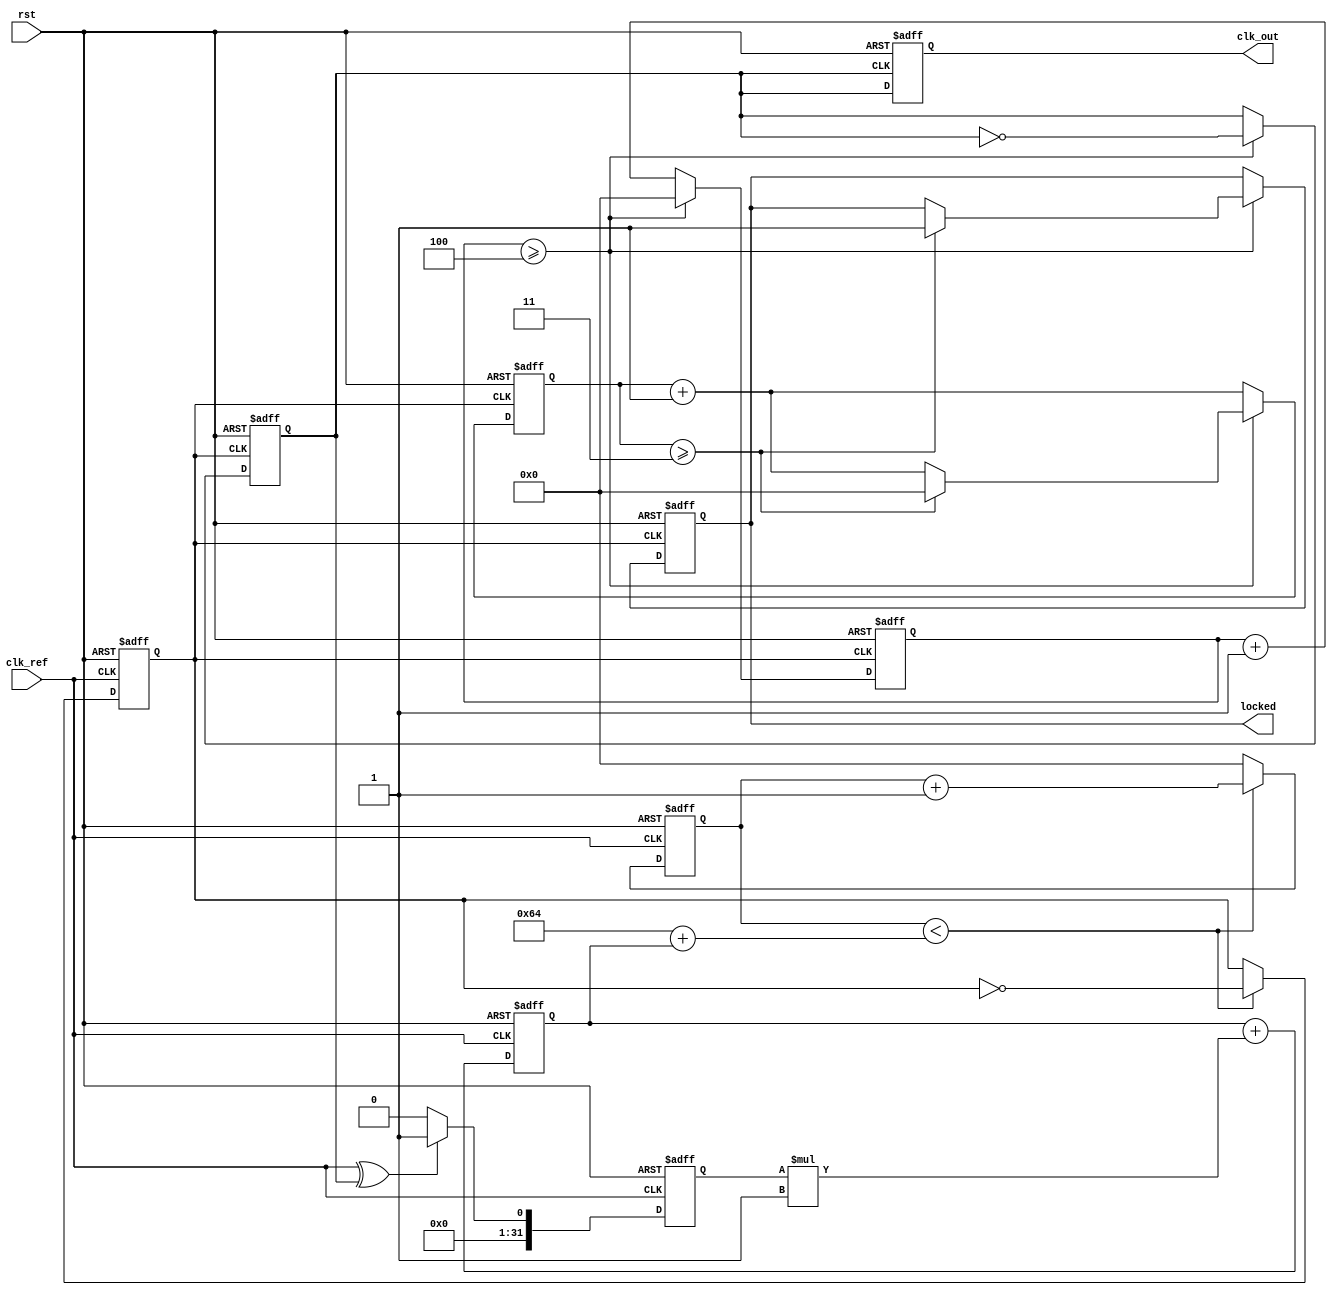
module frac_n_pll (
    input wire clk_ref,          // Reference clock input
    input wire rst,              // Reset signal
    output reg clk_out,          // Output clock
    output reg locked            // Lock indicator
);

// Parameters
parameter N_INTEGER = 4;         // Integer division ratio
parameter N_FRACTION = 3;        // Fractional division ratio
parameter LOOP_FILTER_C = 1;     // Loop filter gain (for simplification)
parameter VCO_MAX_FREQ = 100;    // Assume max frequency for VCO (for testing)

// Internal signals
reg [31:0] phase_err;             // Phase error from PD
reg [31:0] control_voltage;        // Control voltage for VCO
reg [31:0] vco_count;              // VCO counter
reg [31:0] divider_count;          // Frequency divider counter
reg [31:0] frac_counter;           // Counter for fractional division
reg clk_vco;                       // VCO output clock signal
reg clk_div;                       // Divided output clock

// Phase Detector (Simple XOR based)
always @(posedge clk_ref or posedge rst) begin
    if (rst) begin
        phase_err <= 0;
    end else begin
        // Assume we have a feedback clock (clk_div) for phase comparison
        phase_err <= (clk_ref ^ clk_div) ? 1 : 0; // Simple phase error signal
    end
end

// Loop Filter (Simple accumulator based)
always @(posedge clk_ref or posedge rst) begin
    if (rst) begin
        control_voltage <= 0;
    end else begin
        control_voltage <= control_voltage + (phase_err * LOOP_FILTER_C);
    end
end

// Voltage-Controlled Oscillator (VCO simulation)
always @(posedge clk_ref or posedge rst) begin
    if (rst) begin
        vco_count <= 0;
        clk_vco <= 0;
    end else begin
        if (vco_count < (VCO_MAX_FREQ + control_voltage)) begin
            clk_vco <= ~clk_vco;
            vco_count <= vco_count + 1;
        end else begin
            vco_count <= 0;
        end
    end
end

// Frequency Divider with Fractional Control Logic
always @(posedge clk_vco or posedge rst) begin
    if (rst) begin
        divider_count <= 0;
        frac_counter <= 0;
        clk_div <= 0;
        locked <= 0;
    end else begin
        divider_count <= divider_count + 1;
        frac_counter <= frac_counter + 1;

        // Integer division
        if (divider_count >= N_INTEGER) begin
            clk_div <= ~clk_div;
            divider_count <= 0;

            // Introduce fractional division
            if (frac_counter >= N_FRACTION) begin
                // Add logic to introduce a fractional clock pulse
                frac_counter <= 0;
                // Optionally control lock signal
                locked <= 1;
            end
        end
    end
end

// Output clock signal
always @(posedge clk_div or posedge rst) begin
    if (rst) begin
        clk_out <= 0;
    end else begin
        clk_out <= clk_div; // Output the divided clock
    end
end

endmodule